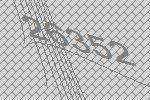
26352